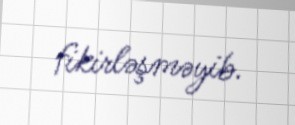
fikirləşməyib.